38_143685_box7_Incident_Summaries_1-100
Agency: Department of War
Page 181
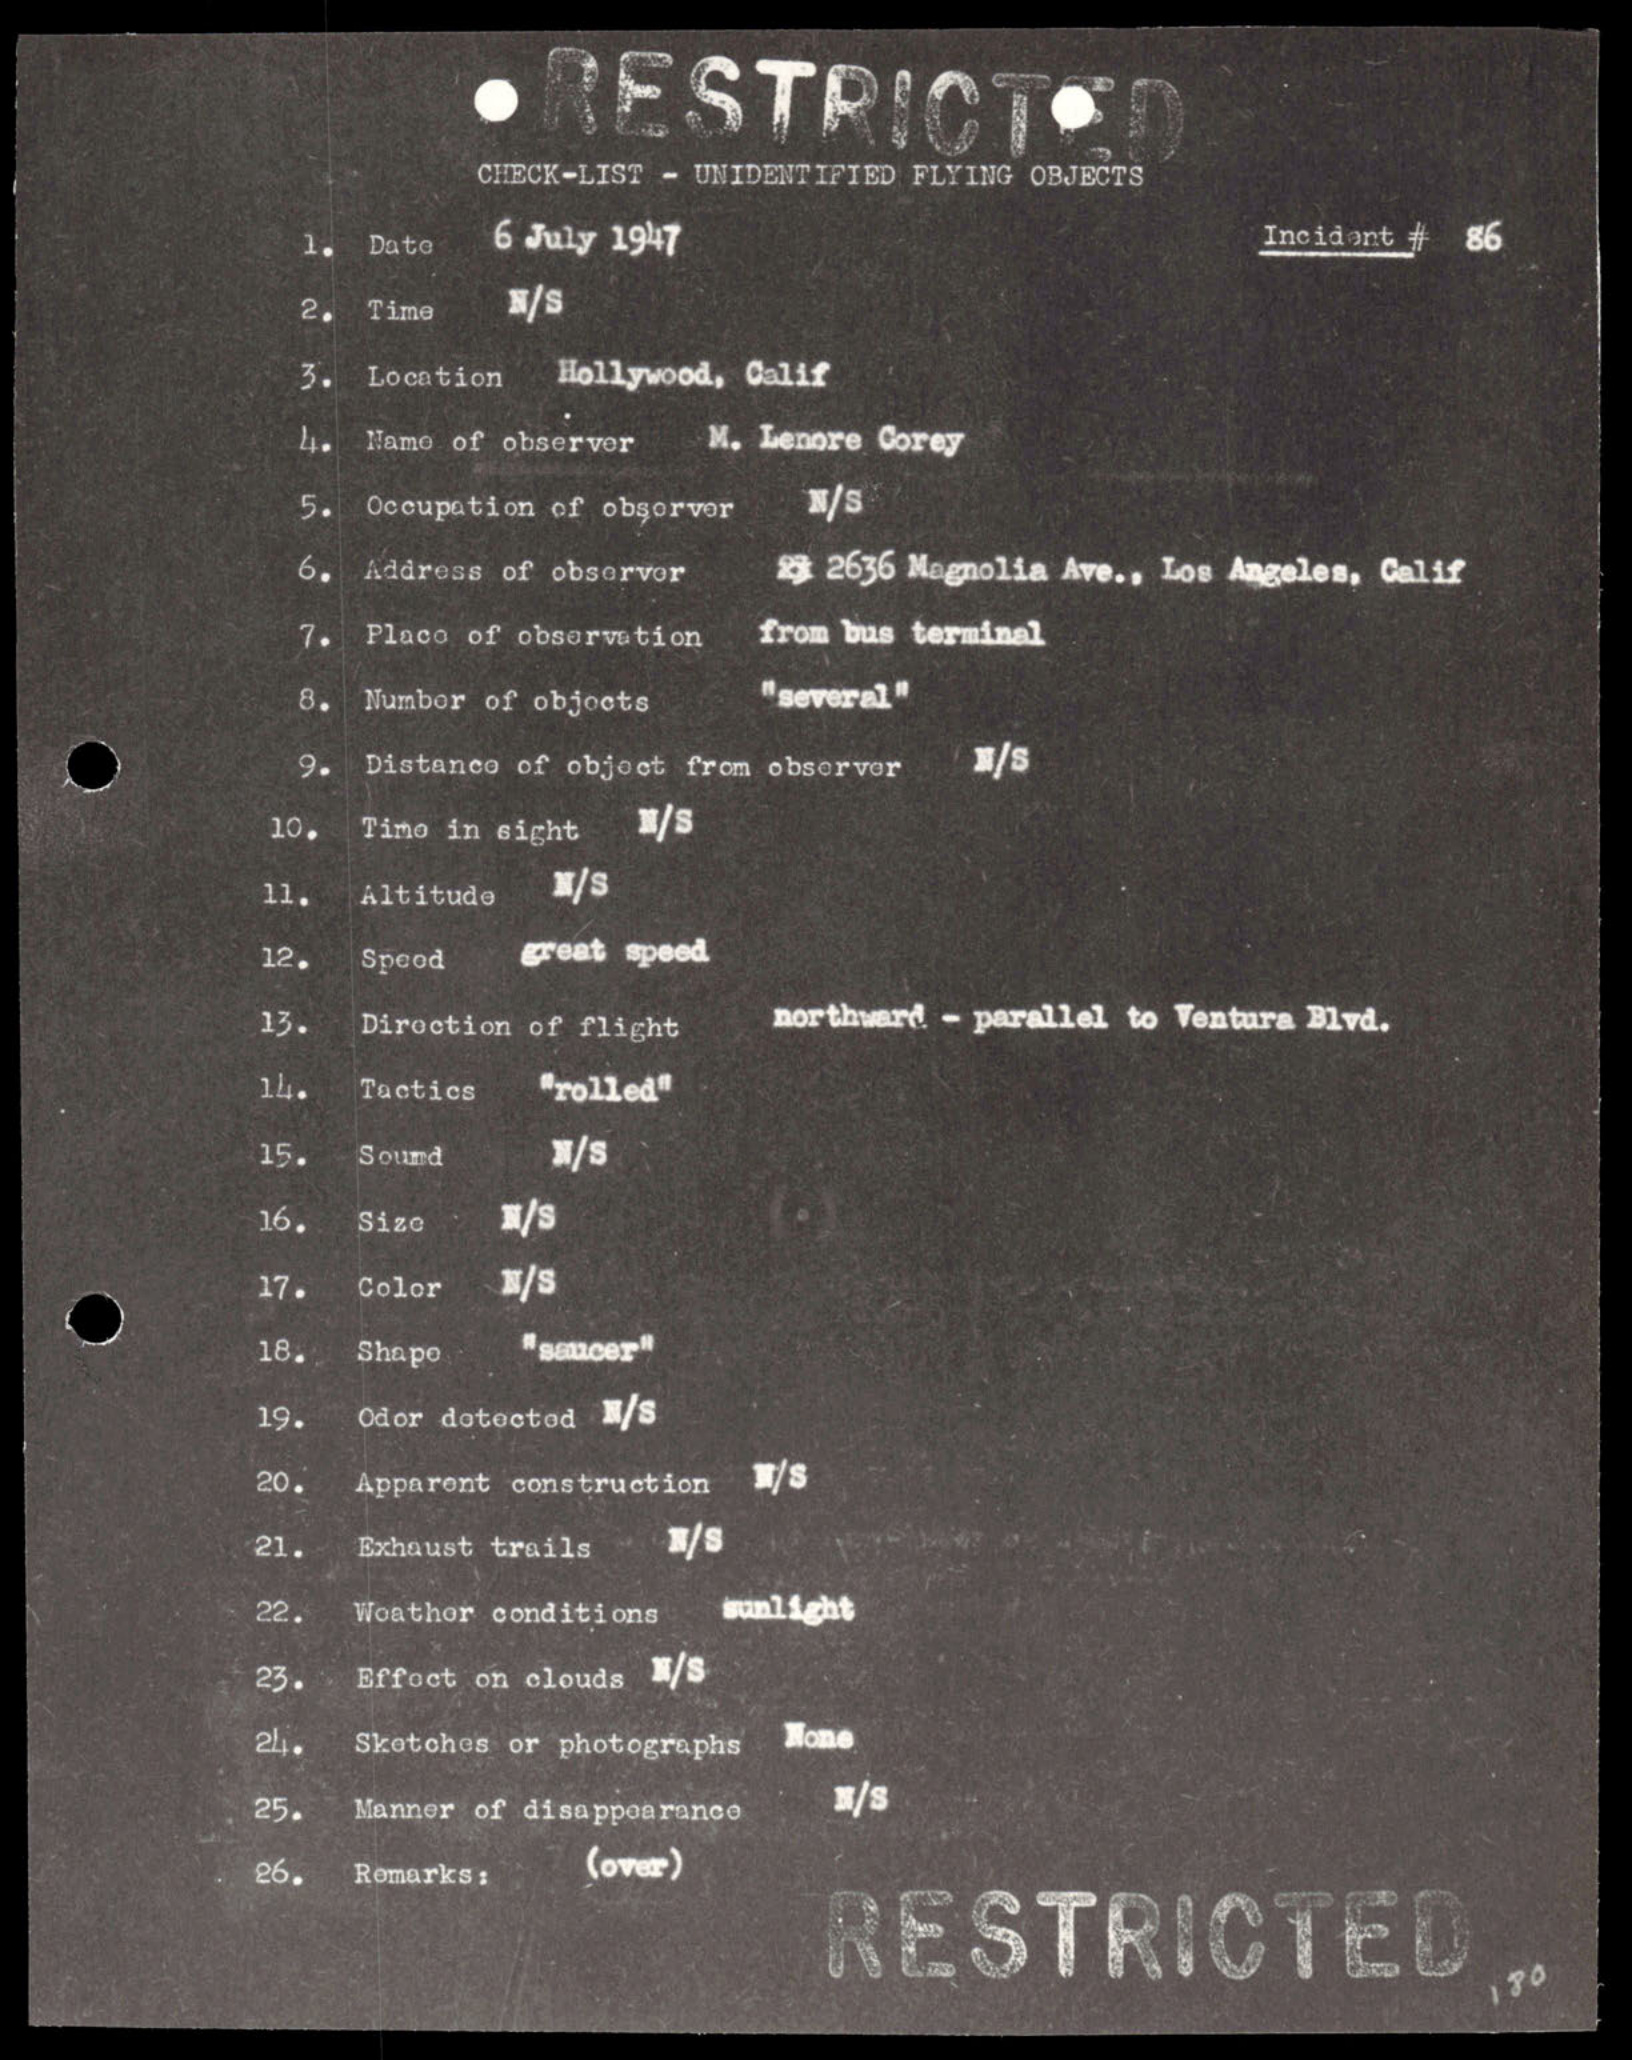